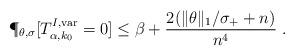
LaTeX: \begin{align*}\P_{\theta,\sigma}[T^{I,\mathrm{var}}_{\alpha,k_0}=0]\leq \beta+ \frac{2(\|\theta\|_1/\sigma_++ n)}{n^4} \ .\end{align*}